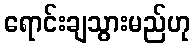
ရောင်းချသွားမည်ဟု